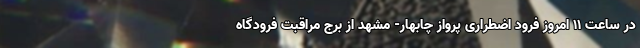
در ساعت ۱۱ امروز فرود اضطراری پرواز چابهار- مشهد از برج مراقبت فرودگاه